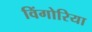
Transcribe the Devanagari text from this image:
विंगोरिया